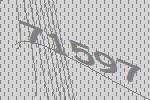
71597